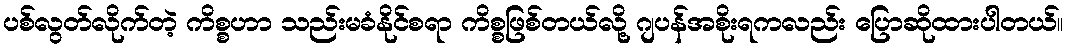
ပစ်လွတ်လိုက်တဲ့ ကိစ္စဟာ သည်းမခံနိုင်စရာ ကိစ္စဖြစ်တယ်လို့ ဂျပန်အစိုးရကလည်း ပြောဆိုထားပါတယ်။